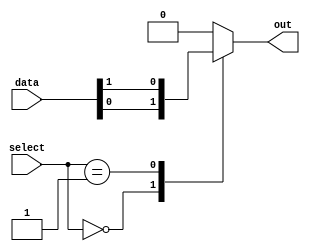
module mux512to1 (
    input [511:0] data,
    input [8:0] select,
    output reg out
);

always @(select)
begin
    case (select)
        9'b000000000: out = data[0];
        9'b000000001: out = data[1];
        // Add remaining cases here for all 512 inputs
        // (Please note that this is a simplified example and you would need to specify all 512 cases)
        default: out = 0; // default case when select does not match any input
    endcase
end

endmodule